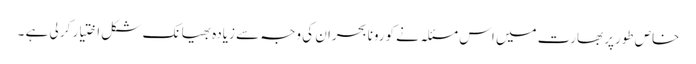
خاص طورپر بھارت میں اس مسئلہ نے کورونا بحران کی وجہ سے زیادہ بھیانک شکل اختیار کر لی ہے ۔